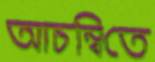
আচম্বিতে